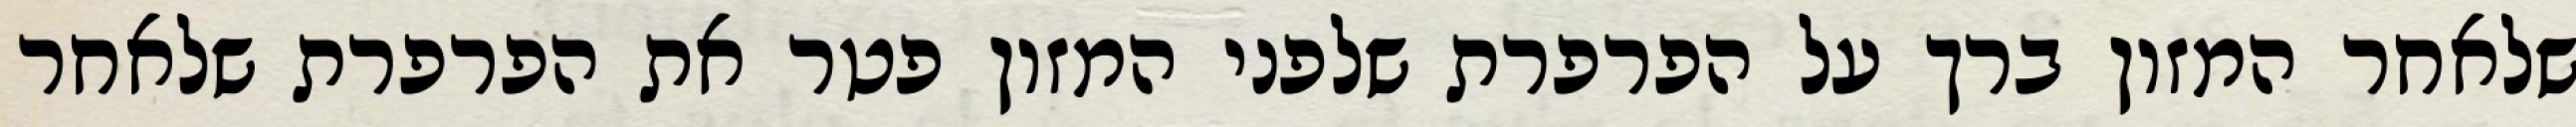
שלאחר המזון ברך על הפרפרת שלפני המזון פטר את הפרפרת שלאחר